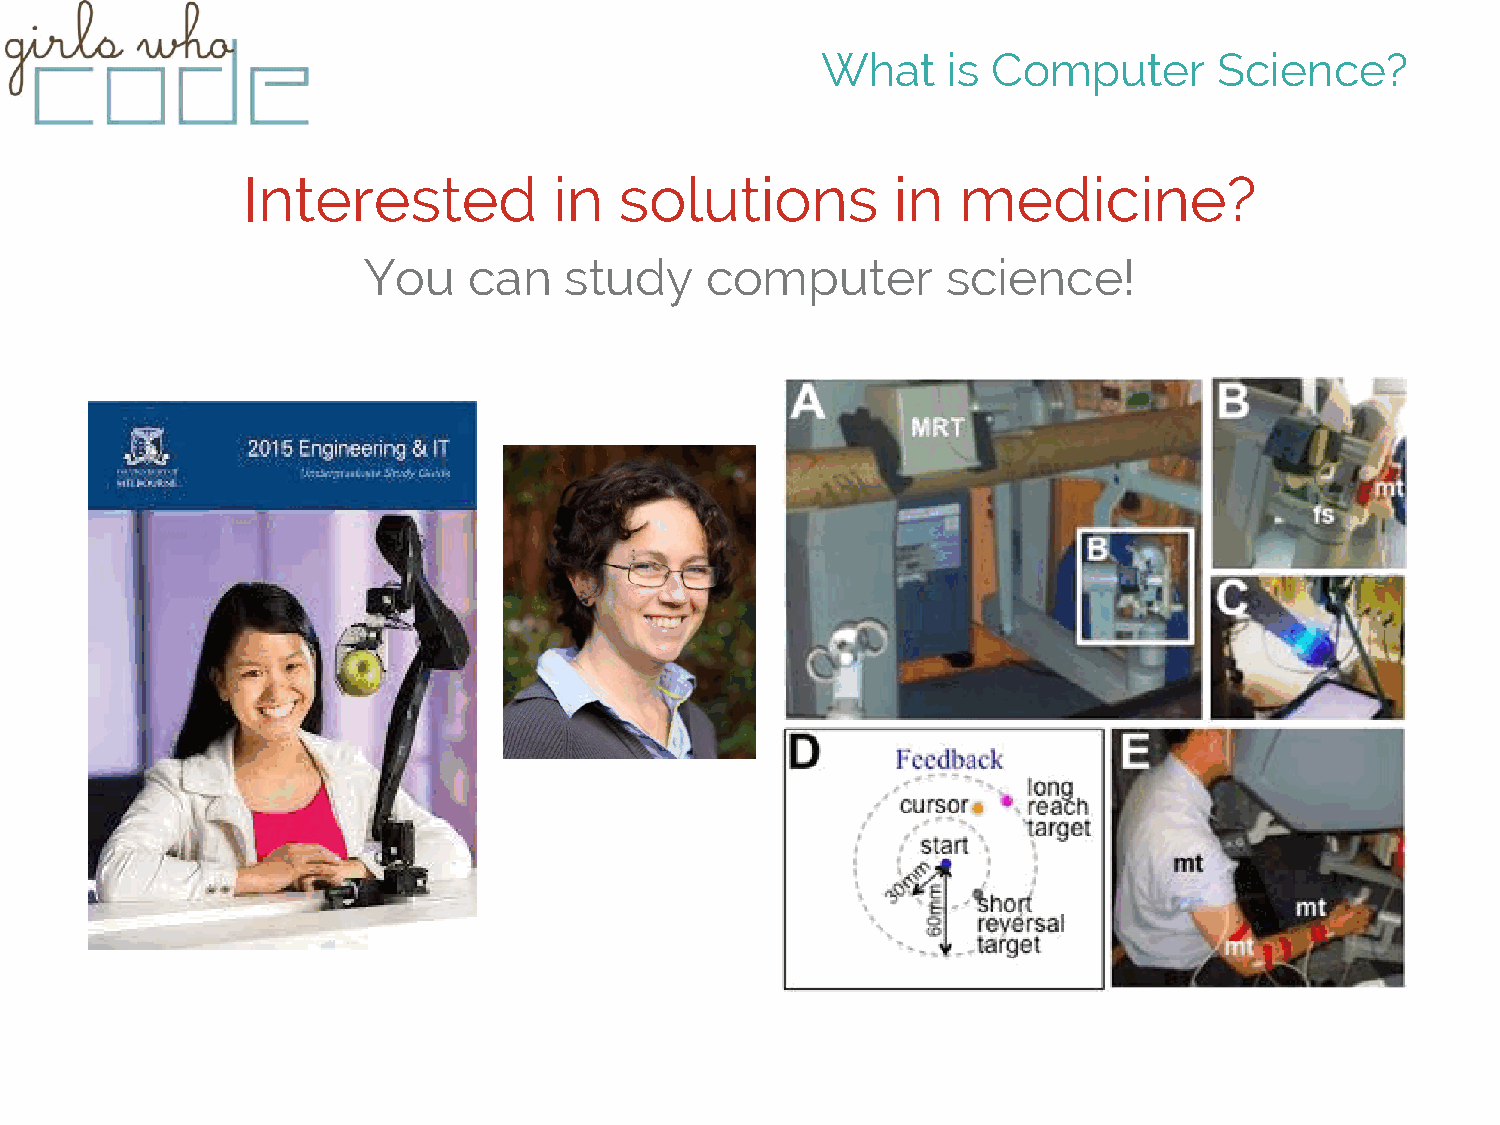
What     is Computer       Science?
 Interested           in  solutions         in   medicine?
 You    can   study     computer        science!